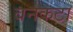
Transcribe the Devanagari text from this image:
बनकटा